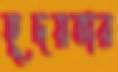
হূদয়ভার